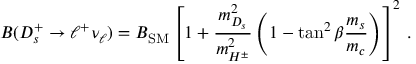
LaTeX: B ( D _ { s } ^ { + } \to \ell ^ { + } \nu _ { \ell } ) = B _ { \mathrm { S M } } \left[ 1 + { \frac { m _ { D _ { s } } ^ { 2 } } { m _ { H ^ { \pm } } ^ { 2 } } } \left( 1 - \tan ^ { 2 } \beta { \frac { m _ { s } } { m _ { c } } } \right) \right] ^ { 2 } \, .